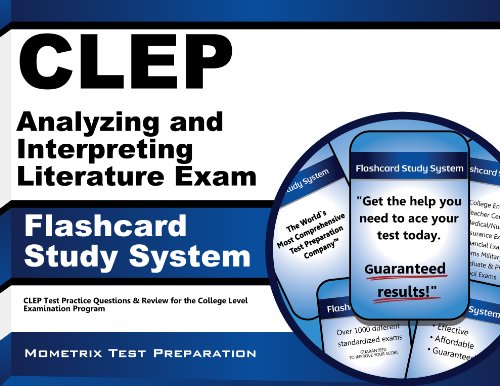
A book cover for CLEP Analyzing and Interpreting Literature Exam Flashcard Study System: CLEP Test Practice Questions & Review for the College Level Examination Program; CLEP Exam Secrets Test Prep Team; Test Preparation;